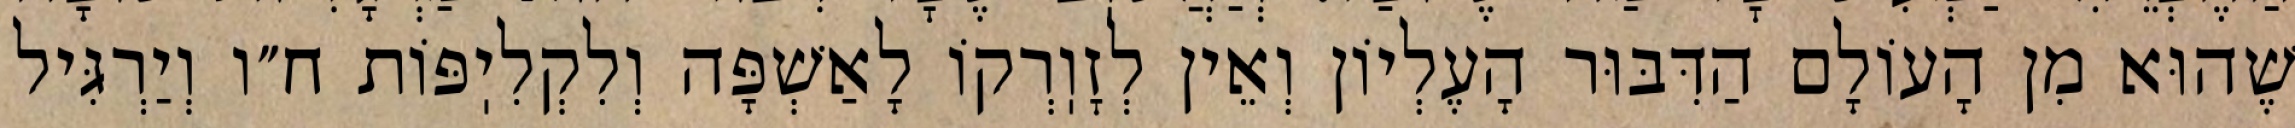
שֶׁהוּא מִן הָעוֹלָם הַדִּבּוּר הָעֶלְיוֹן וְאֵין לְזׇוֽרְקוֹ לָאַשְׁפָּה וְלִקְלִיֽפּוֹת ח״ו וְיַרְגִּיל